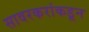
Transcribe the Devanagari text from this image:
सावरकरांकडून